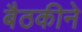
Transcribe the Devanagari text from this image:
बैठकीने